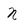
Character: N